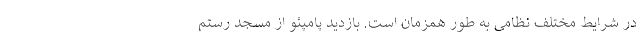
در شرایط مختلف نظامی به طور همزمان است. بازدید پامپئو از مسجد رستم